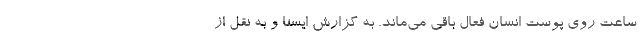
ساعت روی پوست انسان فعال باقی می‌ماند. به گزارش ایسنا و به نقل از